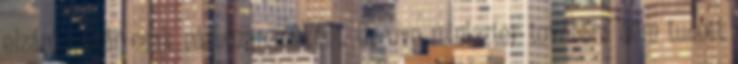
elzáró-, akár csak párhuzamműként. Gorove miniszter továbbra sem tudott